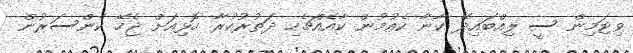
ވިޓަމިން ސީ ލިއްބައިދޭ ކާނާ ކެއުމުން ކާއެއްޗެހި ދަތުރުކުރާ ހޮޅިއަށް ޖެހޭ ކެންސަރުން